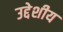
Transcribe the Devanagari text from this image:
उद्देशीय